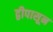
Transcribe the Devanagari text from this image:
द्वीपासून